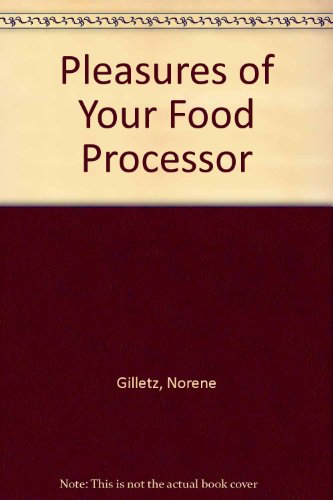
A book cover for The Pleasures of Your Food Processor; Norene Gilletz; Cookbooks, Food & Wine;